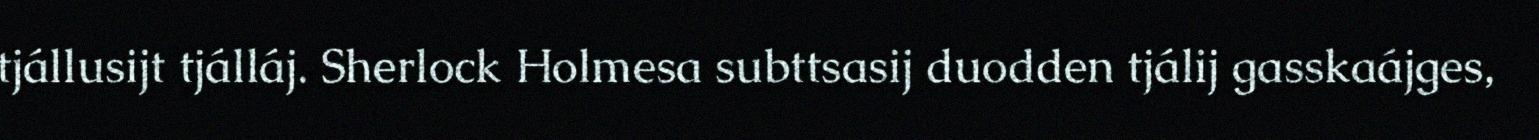
tjállusijt tjálláj. Sherlock Holmesa subttsasij duodden tjálij gasskaájges,